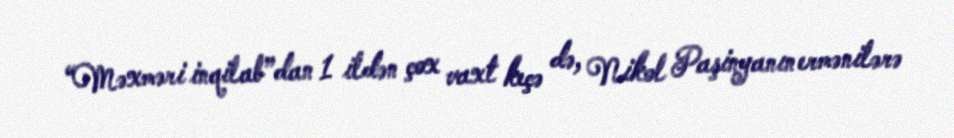
“Məxməri inqilab”dan 1 ildən çox vaxt keçə də, Nikol Paşinyanın ermənilərə